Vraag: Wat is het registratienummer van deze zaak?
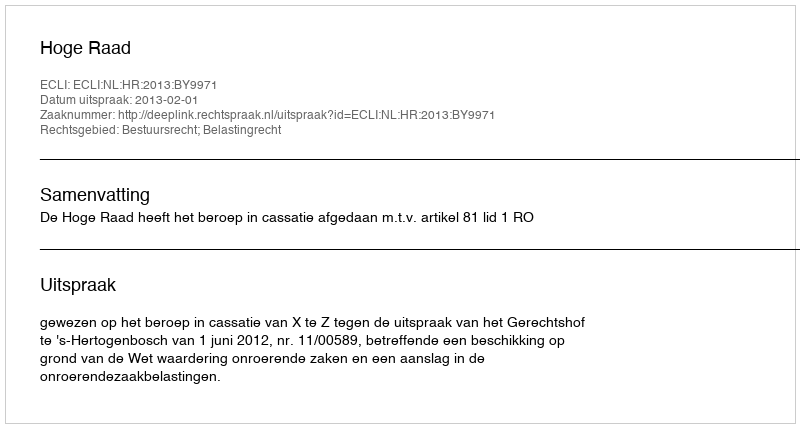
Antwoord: http://deeplink.rechtspraak.nl/uitspraak?id=ECLI:NL:HR:2013:BY9971